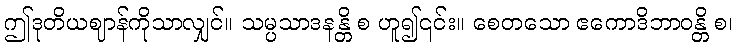
ဤဒုတိယဈာန်ကိုသာလျှင်။ သမ္ပသာဒနန္တိ စ ဟူ၍၎င်း။ စေတသော ဧကောဒိဘာဝန္တိ စ၊